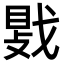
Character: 𫼀